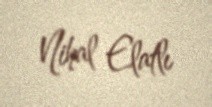
Nihal Elatlı